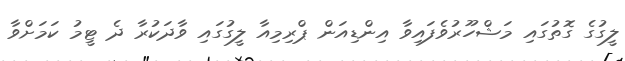
ލީގުގެ ގޮތުގައި މަޝްހޫރުވެފައިވާ އިންޑިއަން ޕްރިމިއާ ލީގުގައި ވާދަކުރާ ދެ ޓީމު ކަމަށްވާ